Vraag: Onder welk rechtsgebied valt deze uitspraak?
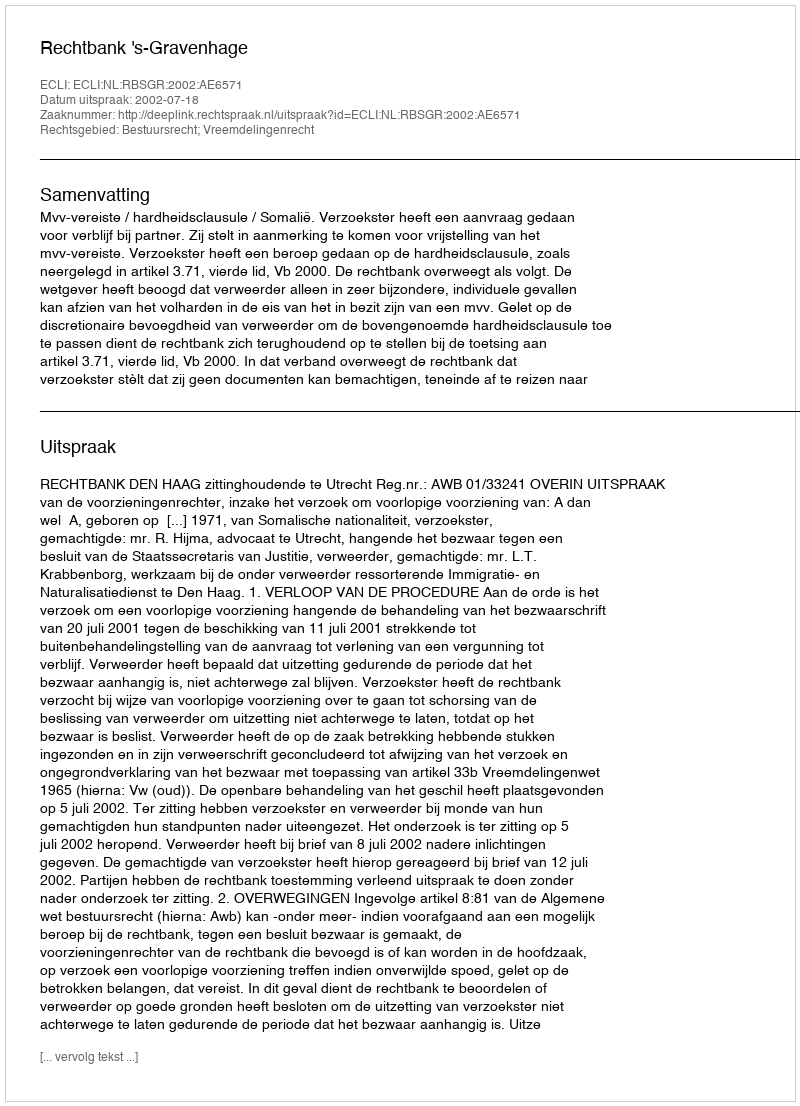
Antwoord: Bestuursrecht; Vreemdelingenrecht